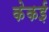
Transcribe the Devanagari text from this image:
केकई